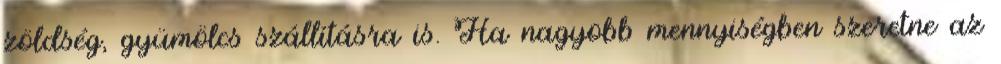
zöldség, gyümölcs szállításra is. Ha nagyobb mennyiségben szeretne az